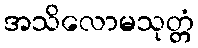
အသိလောမသုတ္တံ